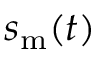
s _ { \mathrm { m } } ( t )